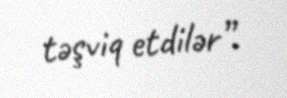
təşviq etdilər”.